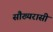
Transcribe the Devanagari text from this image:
सौख्यरासी